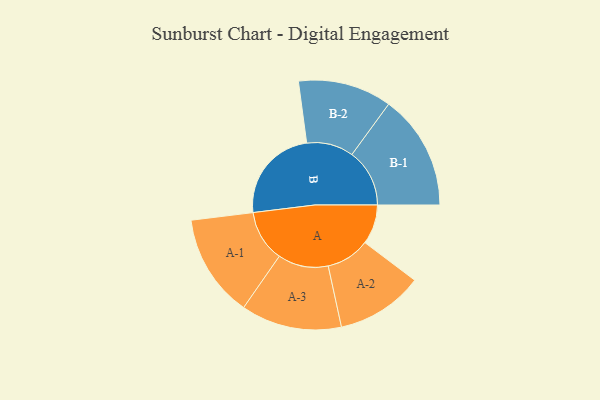
{"axis": {"x": "Segment", "y": "Value"}, "legend": ["", "A", "B"], "data": [{"x": "A", "y": 169, "type": ""}, {"x": "B", "y": 408, "type": ""}, {"x": "A-1", "y": 220, "type": "A"}, {"x": "A-2", "y": 186, "type": "A"}, {"x": "A-3", "y": 215, "type": "A"}, {"x": "B-1", "y": 246, "type": "B"}, {"x": "B-2", "y": 200, "type": "B"}]}